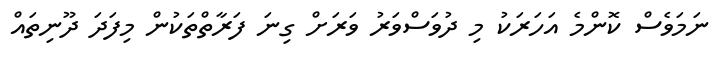
ނަމަވެސް ކޮންމެ އަހަރަކު މި ދުވަސްވަރު ވަރަށް ގިނަ ފަރާތްތަކުން މިފަދަ ދޫނިތައް